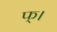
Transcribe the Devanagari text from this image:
फ्।